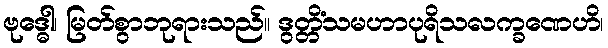
ဗုဒ္ဓေါ၊ မြတ်စွာဘုရားသည်။ ဒွတ္တိံသမဟာပုရိသလက္ခဏေဟိ၊